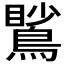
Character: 𪃧